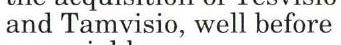
and Tamvisio, well before